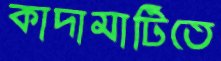
কাদামাটিতে